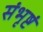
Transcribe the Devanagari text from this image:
संभृष्टं